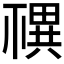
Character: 𥛴